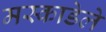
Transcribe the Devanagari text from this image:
मस्काडेले